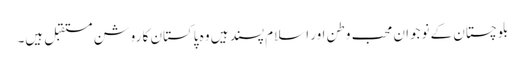
بلوچستان کے نوجوان محب وطن اور اسلام پسند ہیں وہ پاکستان کا روشن مستقبل ہیں۔